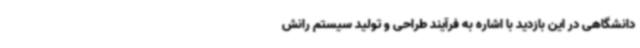
دانشگاهی در این بازدید با اشاره به فرآیند طراحی و تولید سیستم رانش